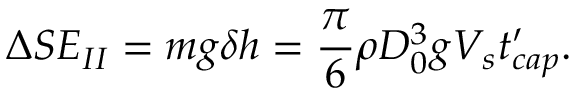
\Delta S E _ { I I } = m g \delta h = \frac { \pi } { 6 } \rho D _ { 0 } ^ { 3 } g V _ { s } t _ { c a p } ^ { \prime } .